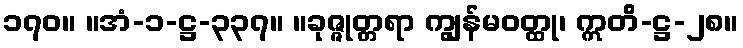
၁၇၀။ ။အံ-၁-ဋ္ဌ-၃၃၇။ ။ခုဇ္ဇုတ္တရာ ကျွန်မဝတ္ထု၊ ဣတိ-ဋ္ဌ-၂၈။